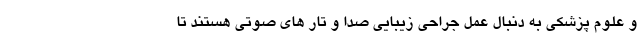
و علوم پزشکی به دنبال عمل جراحی زیبایی صدا و تار های صوتی هستند تا